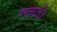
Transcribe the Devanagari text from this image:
रूकडी